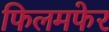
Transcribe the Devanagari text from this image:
फिलमफेर